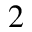
2